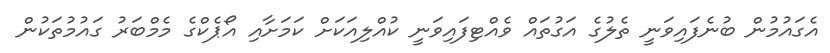
އެގައުމުން ބުނެފައިވަނީ ތެލުގެ އަގުތައް ވެއްޓިފައިވަނީ ކުއްލިއަކަށް ކަމަށާއި އޯޕެކްގެ މެމްބަރު ގައުމުތަކުން